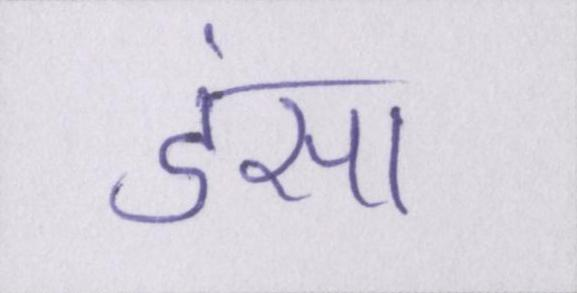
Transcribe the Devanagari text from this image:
डंसा